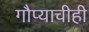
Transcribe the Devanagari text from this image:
गौप्याचीही